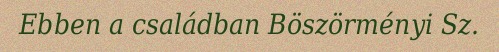
Ebben a családban Böszörményi Sz.